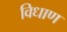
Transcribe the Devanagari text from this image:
विधाण